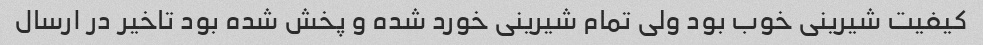
کیفیت شیرینی خوب بود ولی تمام شیرینی خورد شده و پخش شده بود تاخیر در ارسال